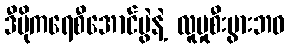
ဒီမိုကရေစီအောင်ပွဲနဲ့ လူမှုစီးပွားဘဝ